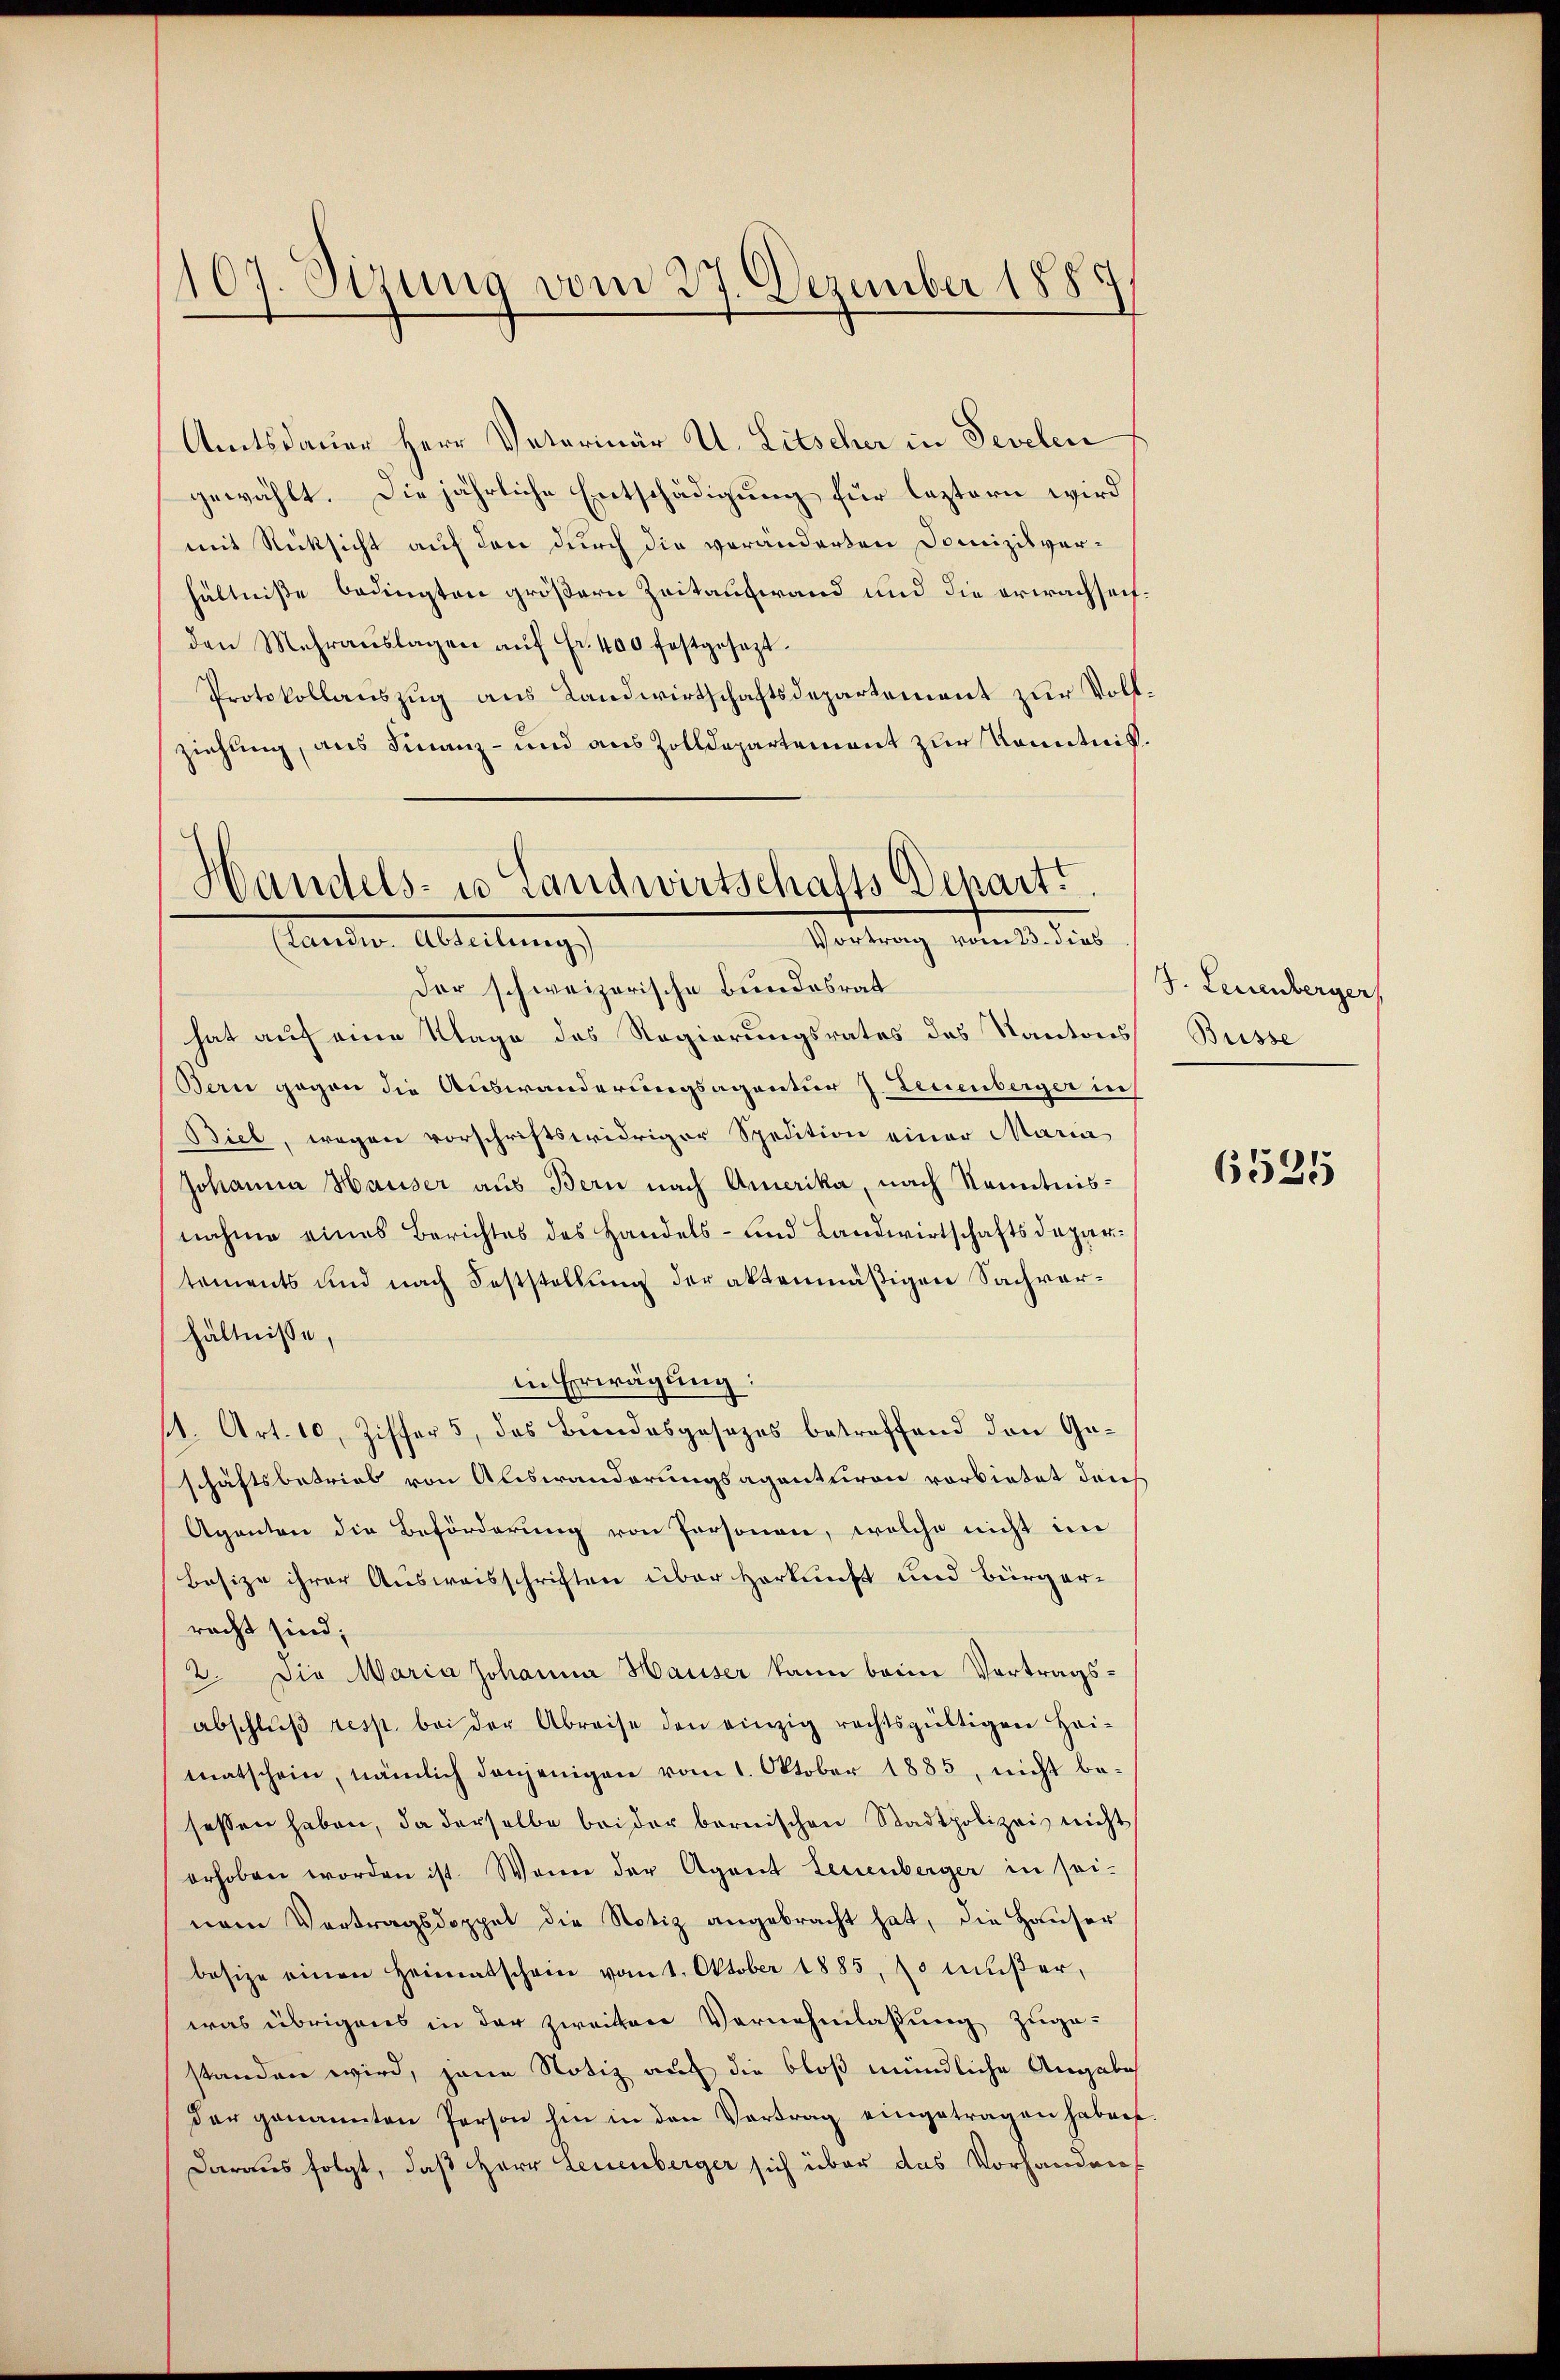
107. Sizung vom 27. Dezember 1887

Amtsdauer Herr Vaterinär U. Litscher in Sevelen
gewählt. Die jährliche Entschädigung für leztern wird
mit Rücksicht auf den durch die veränderten Domizilverhältniße bedingten größern Zeitaufwand und die erwachseihden Mehraŭslagen aŭf Fr. 400 festgesezt.
Protokollauszug aus Landwirtschaftsdepartement zur Vollziehung, aus Finanz- und aus Zolldepartement zur Kenntniß.

Handels- u Landwirtschafts Depart
Vortrag vom 23. dies
(Landw. Abteilung)

Der schweizerische Bundesrat
hat auf eine Klage des Regierungsrates des Kantons
Bern gegen die Auswanderungsagentur 7. Ferienberger in
Biel, wegen vorschriftswidriger Spedition einer Maria
Johanna Hauser aus Bern nach Amerika, nach Kenntnisnahme eines Berichtes des Handels- und Landwirtschaftsdepartements und nach Feststellung der aktenmäßigen Sachverhältnisse,
in Erwägung:
11. Art. 10, Ziffer 5, das Bundesgesezes betreffend den Geschäftsbetrieb von Auswanderungsagenturon vorbietet dah
Aganten die Beförderung von Personen, welche nicht im
besize ihrer Ausweisschriften über Herkunft und Bürgerracht sind;
2. Die Maria Johanna Hauser kann beim Vertrags-
abschlŭβ resp. bei der Abreise den einzig rechtsgültigen Hei-
matschein, nämlich denjenigen vom 1. Oktober 1885, nicht besessen haben, da derselbe beider bernischen Stadtpolizei nicht
erhoben worden ist. Wenn der Agent Leuenberger in sei-
nem Vortragsdoppel die Notiz angebracht hat, die Hauser
besize einen Heimatschein vom 1. Oktober 1885, so müßer,
was übrigens in der zweiten Vernehmlassung zuge-
standen wird, jene Notiz auf die bloß mündliche Angabe
der genannten Person hin in den Vertrag eingetragen haben
Daraus folgt, daß Herr Leuenberger sich über das Vorhanden

J. Leuenberger
Buisse

6525